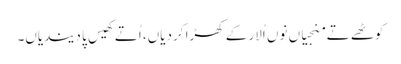
کوٹھے تے منجیاں نوں اُلار کے کھڑا کردیاں، اُتے کھیس پا دیندیاں۔